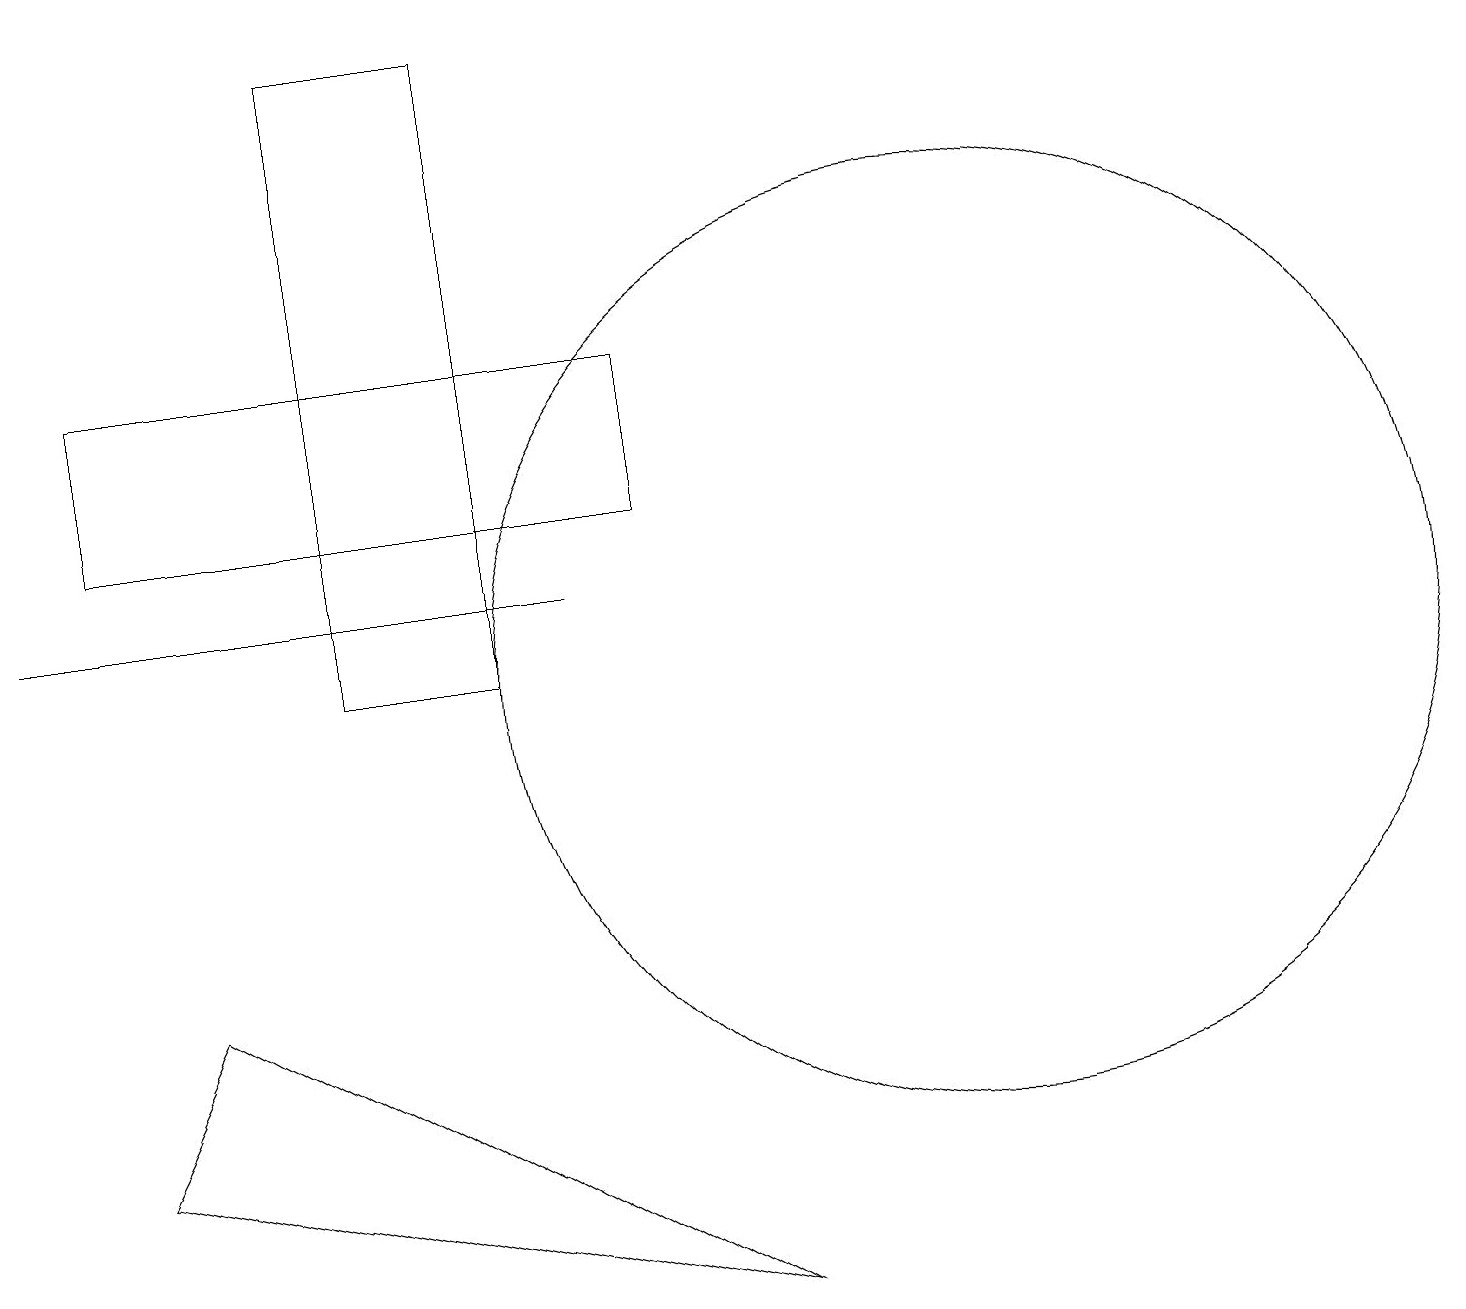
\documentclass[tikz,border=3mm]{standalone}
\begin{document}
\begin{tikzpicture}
\draw (7,12) rectangle (0,12);
\draw (1,13) rectangle (8,15);
\draw (12,11) circle (6);
\draw (6,11) rectangle (4,19);
\draw (9,3) -- (2,7) -- (1,5) -- cycle;
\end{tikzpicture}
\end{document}